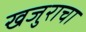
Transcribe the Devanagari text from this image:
खजुराचा